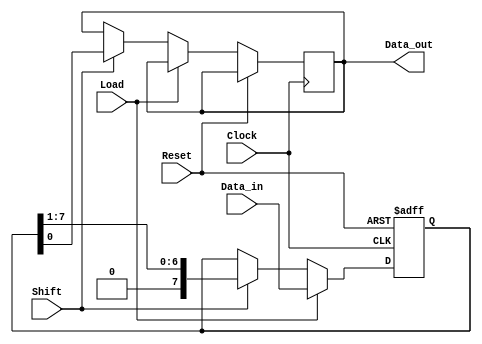
module PISO_Register #(
    parameter WIDTH = 8, // Parameter for the width of the data input
    parameter LSB_FIRST = 1 // If 1, shifts LSB first; if 0, shifts MSB first
)(
    input wire [WIDTH-1:0] Data_in, // Parallel input data
    input wire Load, // Load control signal
    input wire Shift, // Shift control signal
    input wire Clock, // Clock signal
    input wire Reset, // Asynchronous reset signal
    output reg Data_out // Serial output data
);

    // Internal register to hold the data
    reg [WIDTH-1:0] shift_reg;

    // Handle the reset and load operations on the clock edge
    always @(posedge Clock or posedge Reset) begin
        if (Reset) begin
            // Clear the shift register on reset
            shift_reg <= {WIDTH{1'b0}};
        end else if (Load) begin
            // Load data into the shift register
            shift_reg <= Data_in;
        end else if (Shift) begin
            // Shift out data serially
            if (LSB_FIRST) begin
                // Shift LSB first
                Data_out <= shift_reg[0]; // Output LSB
                shift_reg <= {1'b0, shift_reg[WIDTH-1:1]}; // Shift left
            end else begin
                // Shift MSB first
                Data_out <= shift_reg[WIDTH-1]; // Output MSB
                shift_reg <= {shift_reg[WIDTH-2:0], 1'b0}; // Shift right
            end
        end
    end

    // Initial condition for Data_out
    initial begin
        Data_out = 1'b0;
    end

endmodule